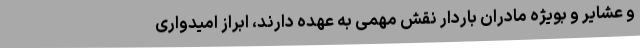
و عشایر و بویژه مادران باردار نقش مهمی به عهده دارند، ابراز امیدواری